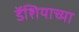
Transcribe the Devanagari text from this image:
डॅशियाच्या